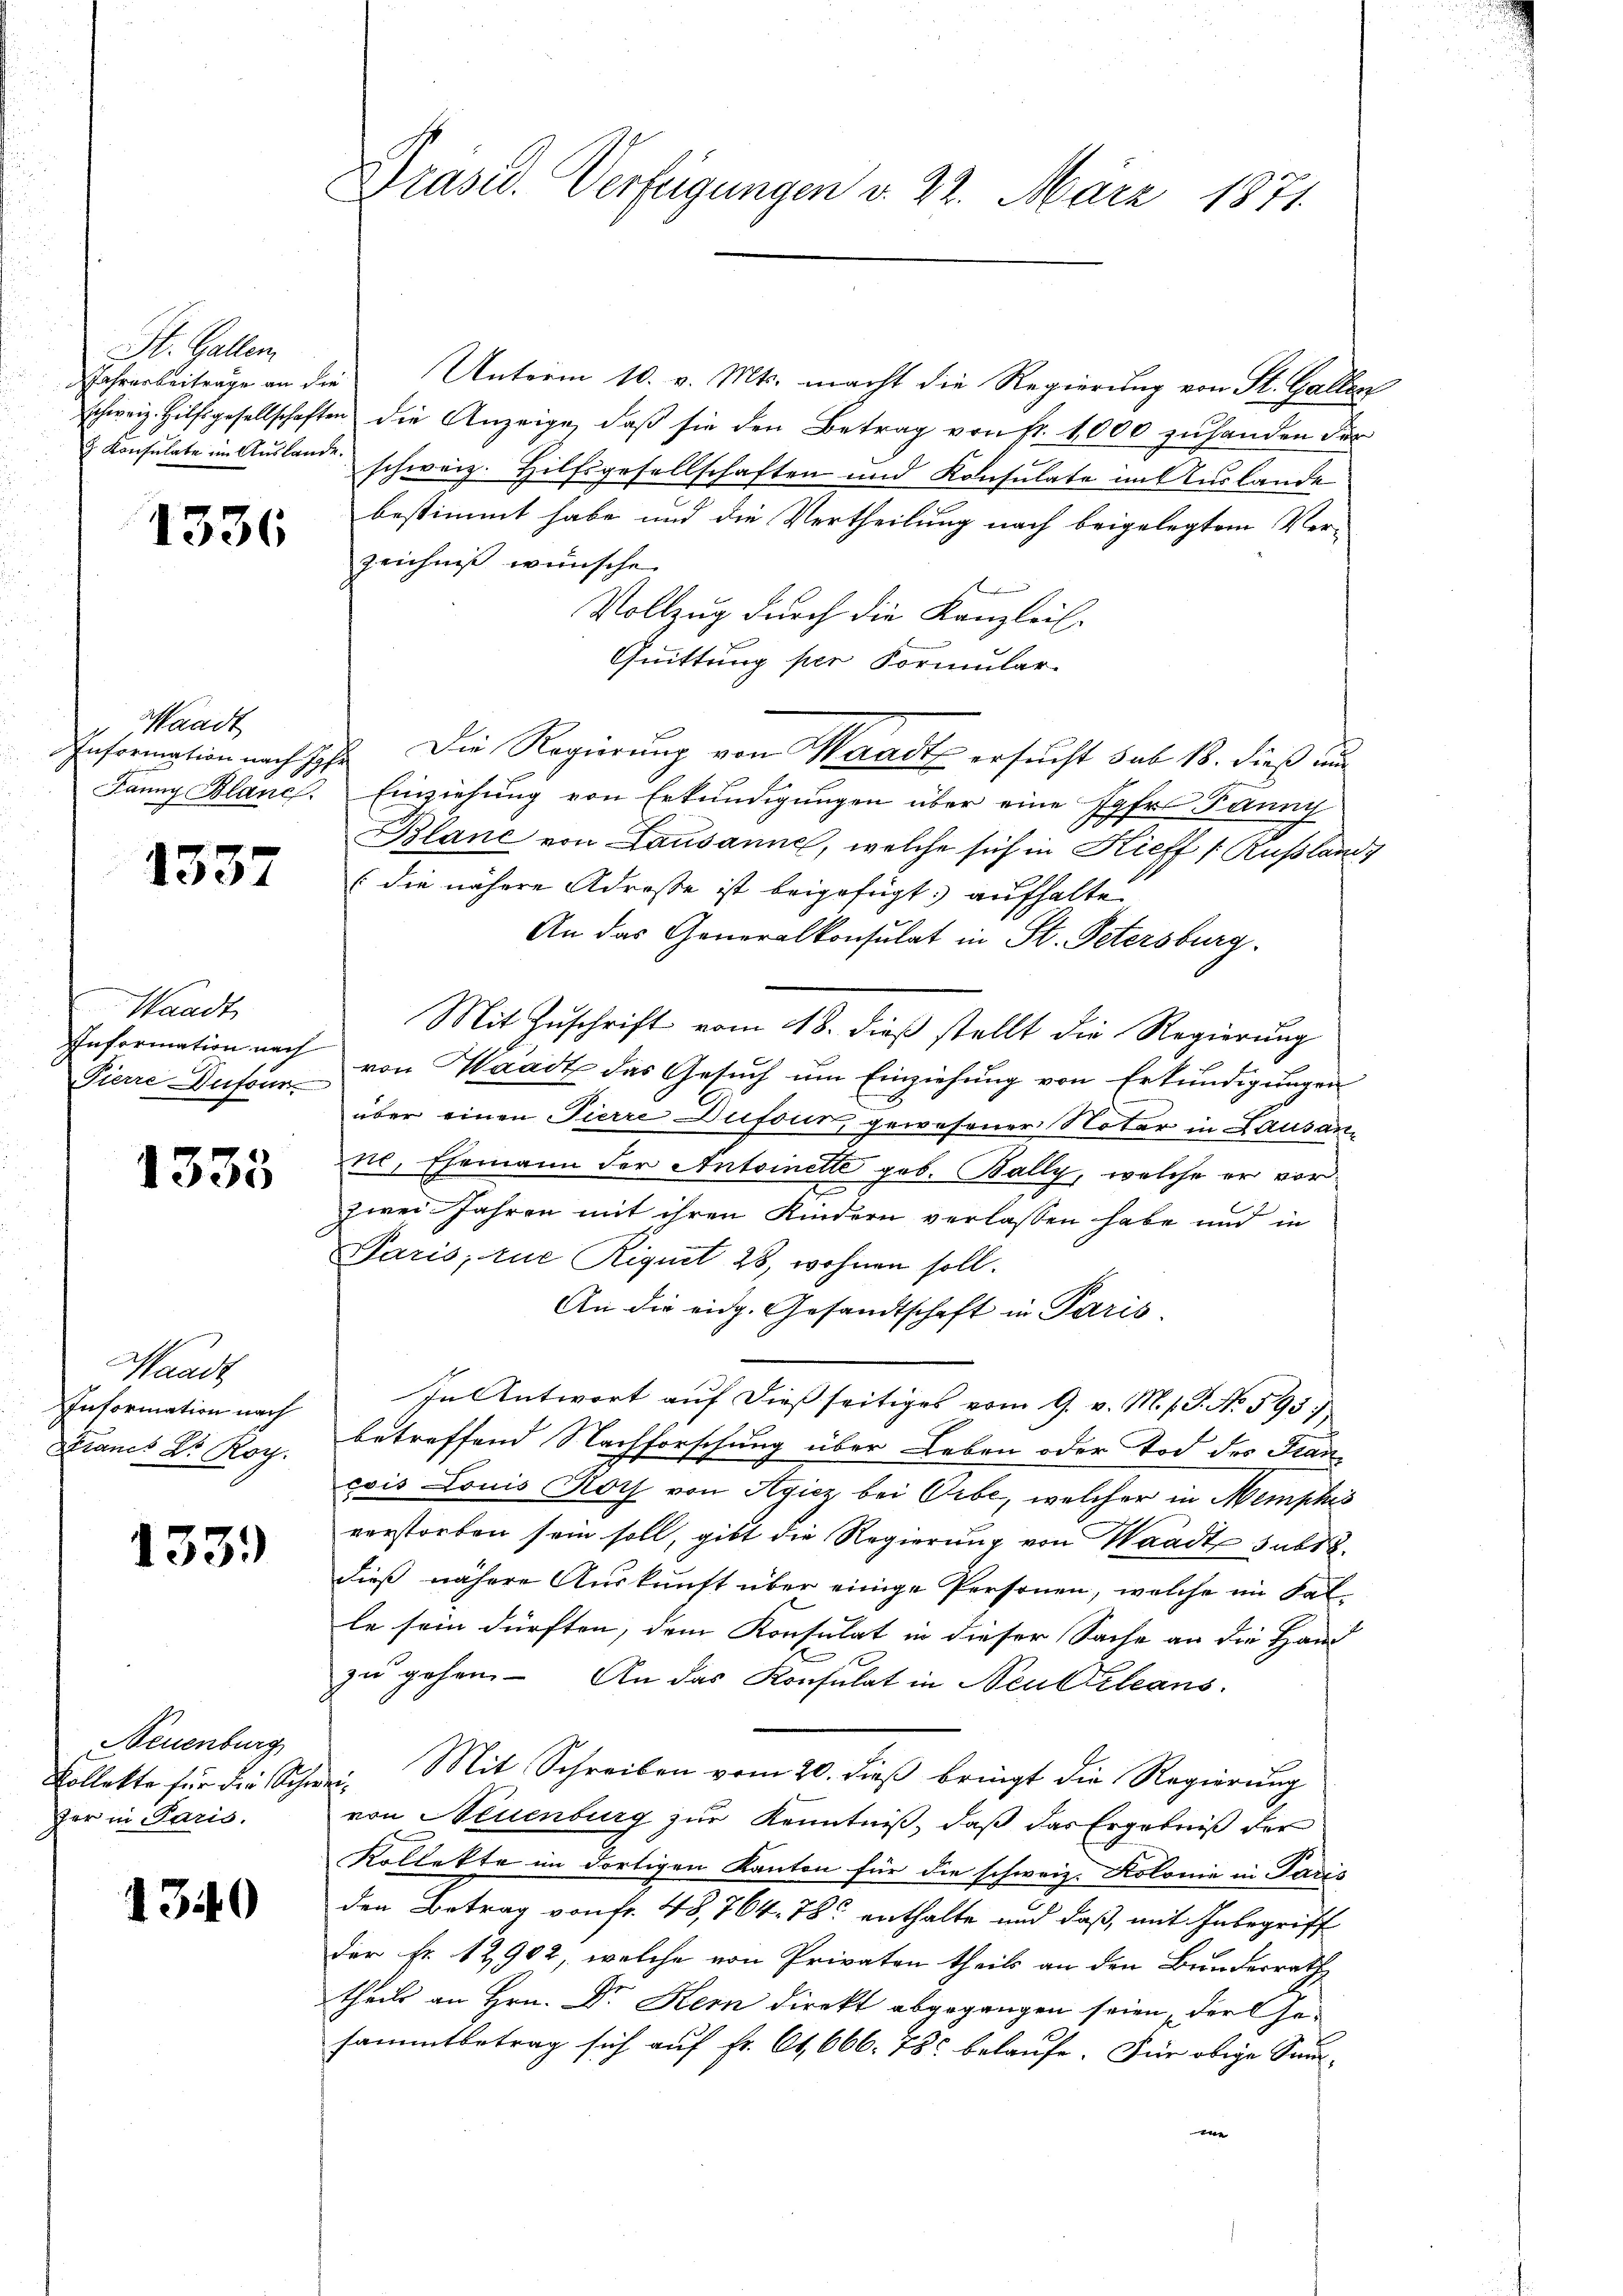
St. Gallen
ahrarbeiträge an die

1336

Waadt

1337

Waadt,
Information nach

1335

Waadt
Information nach
Strancs Dr. Roy.

133.

Neuenburg
Kollekte für die Schwei
fer in Paris.

1340

Unterm 10. v. Mts. macht die Regierung von St. Gallen
schweiz. Hilfsgesellschaften die Anzeige, daβ sie den Betrag von Fr. 1000 zuhanden der
 Konsulate im Auslande schweiz. Hilfsgesellschaften und Konsulate im Auslande
bestimmt habe und die Vertheilung nach beigelegtem Verzeichnis wünsche
d
Vollzug durch die Kanzlei-
Quittung per Formular-
Information nach Hr. Die Regierung von Waadt ersucht sub 18. dieß und
Janny Blanc. Einziehung von Erkundigungen über eine Jahr Panny
Blanc von Lausanne, welche sich in Kieff Rußlands
(die nähere Adrosse ist beigefügt: aufhalte
An das Generalkonsulat in St. Petersburg.
Mit Zuschrift vom 18. dieß stellt die Regierung
Pierre Aufen von Waadt das Gesuch um Einziehung von Erkundigungen
über einen Tierre Dufour, gewesener Notar in Lausan
ne, Ehemann der Antoinette geb. Bally, welche er vorzwei Jahren mit ihren Kindern verlassen habe und in
Paris, eue Riquet 28, wohnen soll.
An die eidg. Gesandtschaft in Paris
In Antwort auf dießseitiges vom 9. v. M. s. S. No. 593 :/
betreffend Nachforschung über Leben oder Tod des Han
eois Louis Roth von Agicz bei Orbe, welcher in Memphes
verstorben sein soll, gibt die Regierung von Waadt subr
dieß nähere Auskunft über einige Personen, welche im Falle sein dürften, dem Konsulat in dieser Sache an die Hand
zu gehen. An das Konsulat in Neukleans
Mit Schreiben vom 20. dieß bringt die Regierung
von Neuenburg zur Kenntniß, daß das Ergebniß der
Kollekte im dortigen Kanton für die schweiz. Kolonie in Paris
den Betrag von fr. 48, 764. 78 enthalte und daß, mit Inbegriff
der Fr. 12902, welche von Privaten theils an den Bundesrath
theils an Hrn. Dr. Kern direkt abgegangen seien, der Gesammtbetrag sich auf Fr. 64, 666. 785 belaufe. Für obige Same

Präsid. Verfügungen d. 22. März 1871.